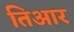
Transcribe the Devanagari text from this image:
तिआर